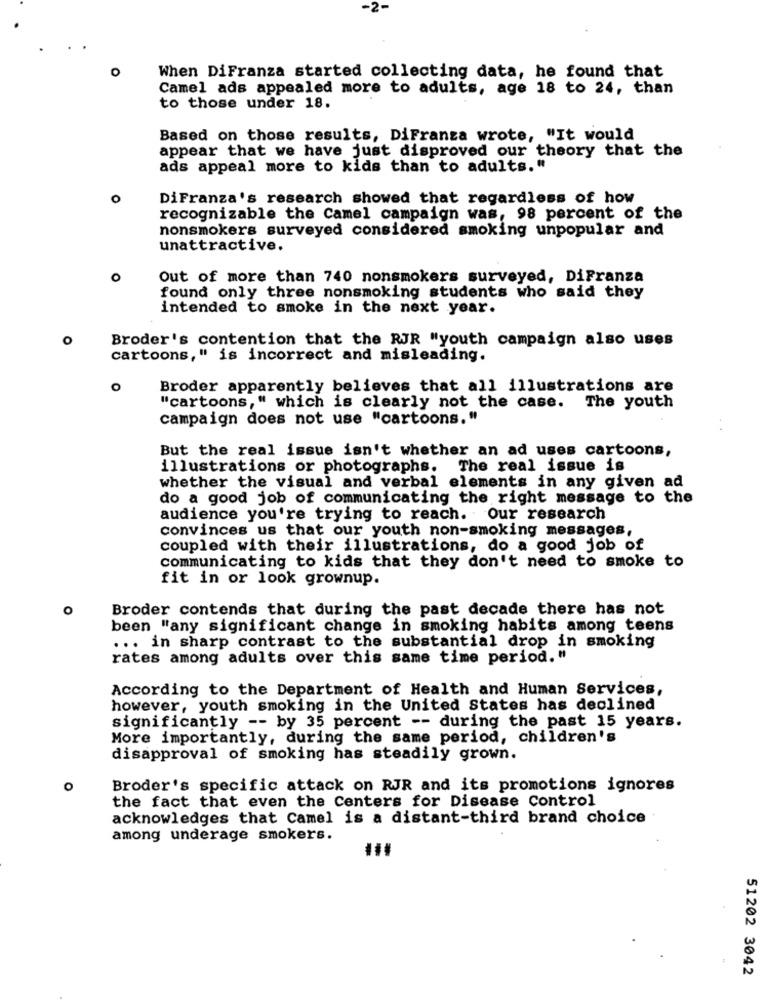
-2-
o
When DiFranza started collecting data, he found that
Camel ads appealed more to adults, age 18 to 24, than
to those under 18.
Based on those results, DiFranza wrote, "It would
appear that we have just disproved our theory that the
ads appeal more to kids than to adults."
0
DiFranza's research showed that regardless of how
recognizable the Camel campaign was, 98 percent of the
nonsmokers surveyed considered smoking unpopular and
unattractive.
O
Out of more than 740 nonsmokers surveyed, DiFranza
found only three nonsmoking students who said they
intended to smoke in the next year.
o
Broder's contention that the RJR "youth campaign also uses
cartoons," is incorrect and misleading.
O
Broder apparently believes that all illustrations are
"cartoons," which is clearly not the case. The youth
campaign does not use "cartoons."
But the real issue isn't whether an ad uses cartoons,
illustrations or photographs. The real issue is
whether the visual and verbal elements in any given ad
do a good job of communicating the right message to the
audience you're trying to reach. Our research
convinces us that our youth non-smoking messages,
coupled with their illustrations, do a good job of
communicating to kids that they don't need to smoke to
fit in or look grownup.
O
Broder contends that during the past decade there has not
been "any significant change in smoking habits among teens
... in sharp contrast to the substantial drop in smoking
rates among adults over this same time period. "
According to the Department of Health and Human Services,
however, youth smoking in the United States has declined
significantly -- by 35 percent -- during the past 15 years.
More importantly, during the same period, children's
disapproval of smoking has steadily grown.
O
Broder's specific attack on RJR and its promotions ignores
the fact that even the Centers for Disease Control
acknowledges that Camel is a distant-third brand choice
among underage smokers.
51202 3042